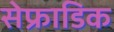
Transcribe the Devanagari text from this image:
सेफ्राडिक